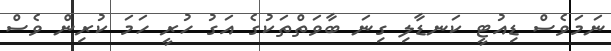
ނަމަވެސް ޑިއުޓީ ކަނޑާލި ގިނަ ބާވަތްތަކުގެ އަގު ހުރީ ހަމަ ކުރިން ވެސް